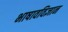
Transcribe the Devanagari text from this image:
भाषावविज्ञान